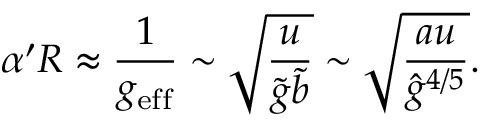
\alpha ^ { \prime } R \approx \frac { 1 } { g _ { \mathrm { e f f } } } \sim \sqrt { \frac { u } { \tilde { g } \tilde { b } } } \sim \sqrt { \frac { a u } { { \hat { g } } ^ { 4 / 5 } } } .